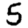
Digit: 5